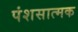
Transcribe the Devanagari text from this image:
पंशसात्मक